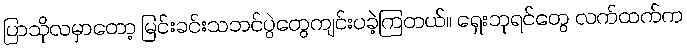
ပြာသိုလမှာတော့ မြင်းခင်းသဘင်ပွဲတွေကျင်းပခဲ့ကြတယ်။ ရှေးဘုရင်တွေ လက်ထက်က